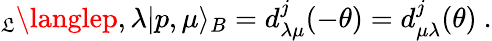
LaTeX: _\mathfrak{L}\langlep,\lambda|p,\mu\rangle_{B}=d_{\lambda\mu}^{j}(-\theta)=d_{\mu\lambda}^{j}(\theta)\ .